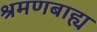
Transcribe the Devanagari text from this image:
श्रमणबाह्य